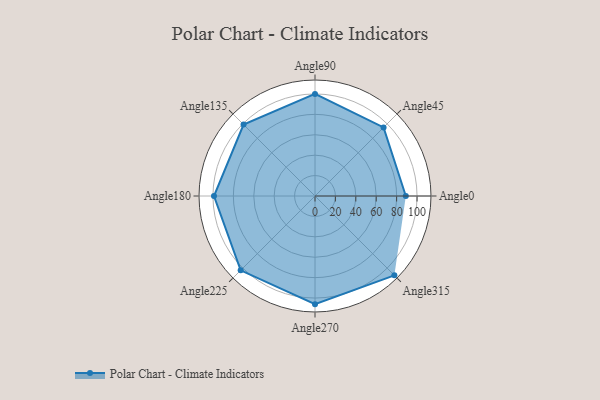
{"axis": {"x": "Angle", "y": "Radius"}, "legend": [""], "data": [{"x": "Angle0", "y": 89.0, "type": ""}, {"x": "Angle45", "y": 95.0, "type": ""}, {"x": "Angle90", "y": 100.0, "type": ""}, {"x": "Angle135", "y": 99.0, "type": ""}, {"x": "Angle180", "y": 99.0, "type": ""}, {"x": "Angle225", "y": 103.0, "type": ""}, {"x": "Angle270", "y": 106.0, "type": ""}, {"x": "Angle315", "y": 110.0, "type": ""}]}